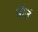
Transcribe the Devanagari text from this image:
जॅार्ज